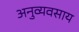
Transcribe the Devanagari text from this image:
अनुव्यवसाय